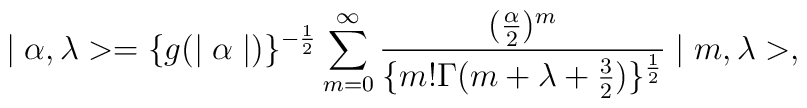
\mid\alpha, \lambda > = \{ g(\mid\alpha\mid ) \}^{-\frac{1}{2}}\sum^{\infty }_{m=0}\frac{(\frac{\alpha}{2})^{m}}{\{m! \Gamma (m+\lambda+\frac{3}{2})\}^{\frac{1}{2}}} \mid m, \lambda>,